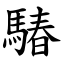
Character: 䮞